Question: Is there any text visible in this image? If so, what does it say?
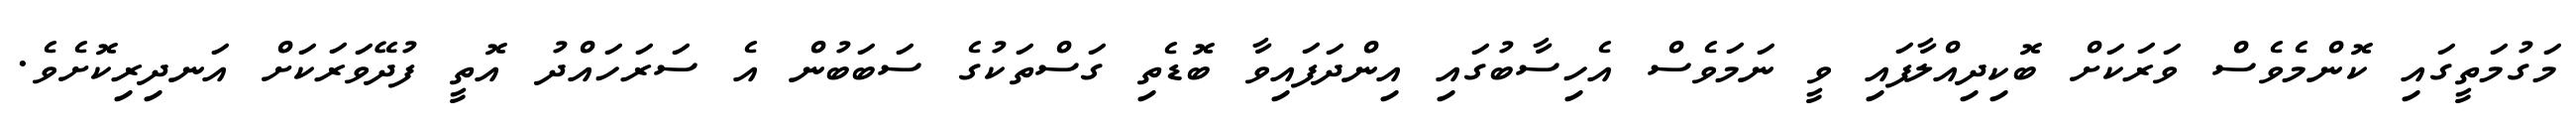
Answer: މަގުމަތީގައި ކޮންމެވެސް ވަރަކަށް ބޮކިދިއްލާފައި ވީ ނަމަވެސް އެހިސާބުގައި އިންދަފައިވާ ބޮޑެތި ގަސްތަކުގެ ސަބަބުން އެ ސަރަހައްދު އޮތީ ފުދޭވަރަކަށް އަނދިރިކޮށެވެ.